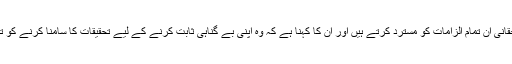
حسین حقانی ان تمام الزامات کو مسترد کرتے ہیں اور ان کا کہنا ہے کہ وہ اپنی بے گناہی ثابت کرنے کے لیے تحقیقات کا سامنا کرنے کو تیار ہیں۔